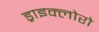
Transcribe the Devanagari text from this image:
ड्राइक्लोरो